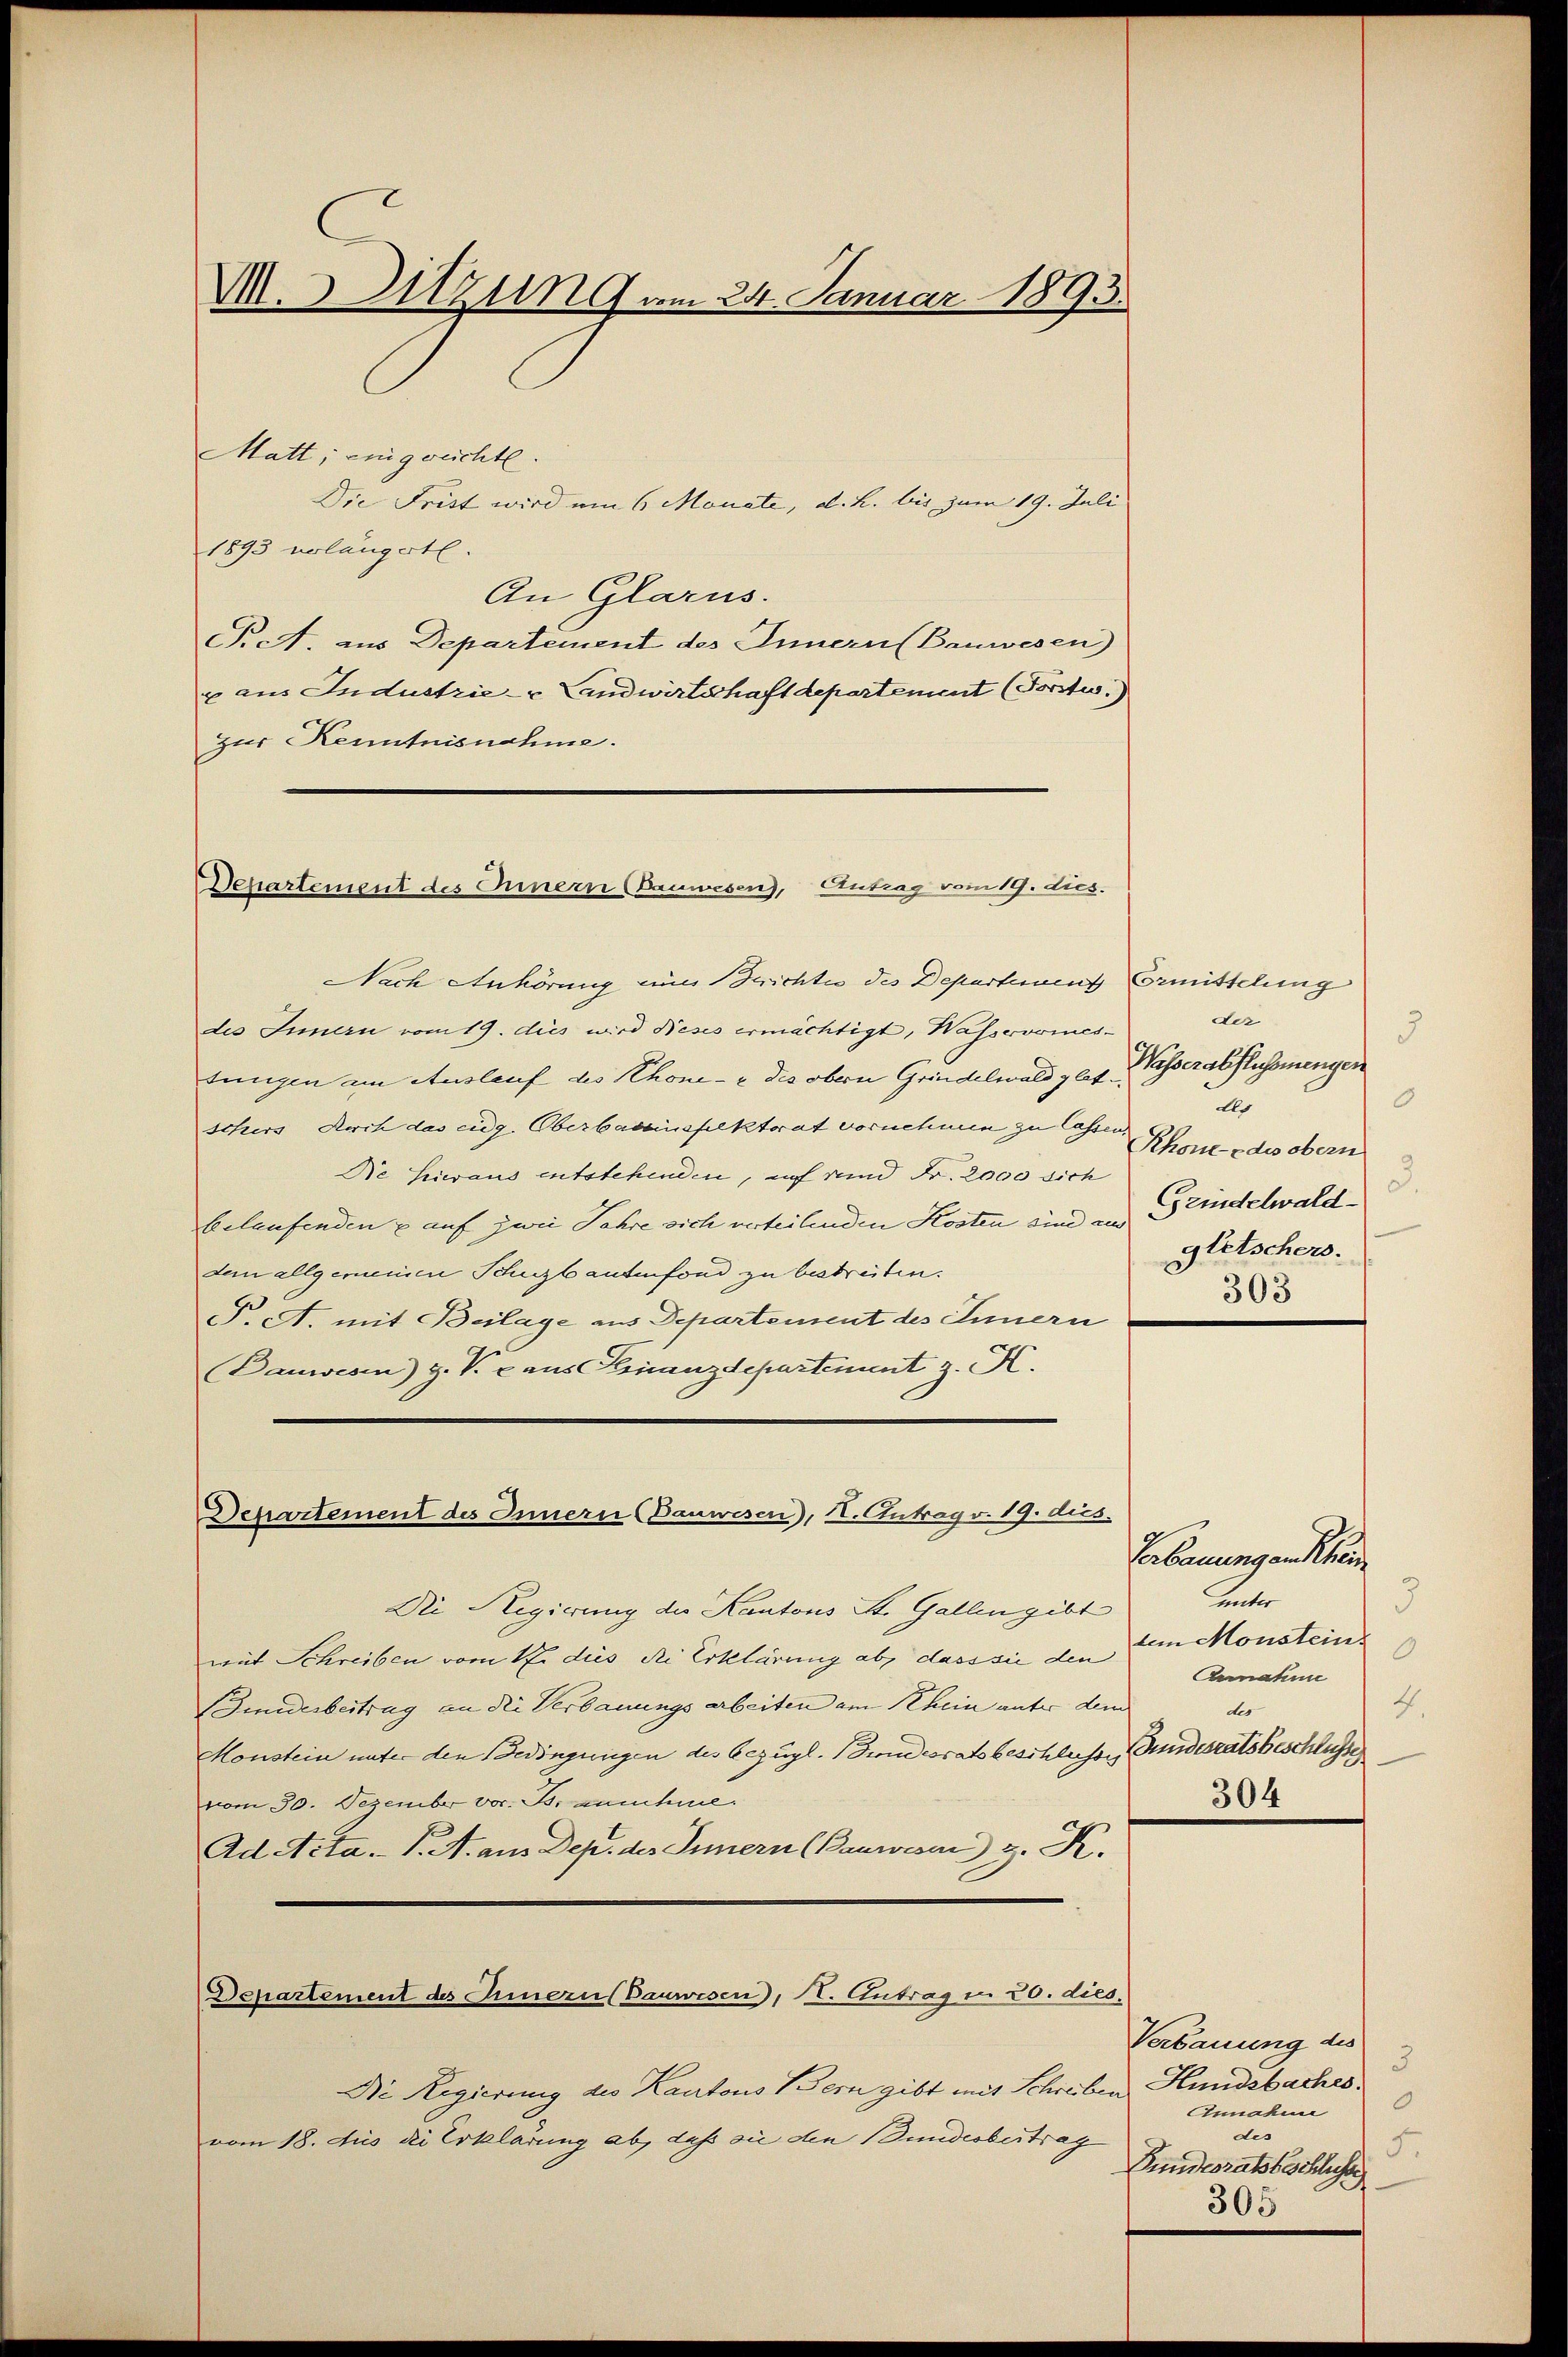
M. Sitzung am 24. Januar 1893.

Matt, einigreichte.
Die Frist wird um 6 Monate, d. h. bis zum 19. Juli
1893 verlängerte.
An Glarus.
P.A. aus Departement des Innern (Bauwesen
x aus Industrie- & Landwirtschaft departement (Forstw.)
zur Kenntnisnahme.

Departement des Innern (Bauwesen), Antrag vom 19. dies.

Nach Anhörung eines Berichte des Departient Ermittelung
des Innern vom 19. dies wird dieses ermächtigt, Wasservomes-
tungen am Auslauf des Rhone- & des obern Grindelwald glit. Wasserabflussmengen
schers durch das eidg. Oberbauinsfelktorat vornehmen zu lassen
Die hieraus entstehenden, auf und Fr. 2000 sich
belaufenden auf zwei Jahre sich verteilenden Kosten sind an Grindelwald
dem allgemeinen Schutzbautenfond zu bestreiten.
P.A. mit Beilage aus Departement des Innern
Bauwesen) Z. V. c. aus Finanzdepartement z. K.

Departement des Innern (Danwesen), II. Antrag v. 19. dies.

Departement des Innern Bauwesen, Kt. Antrag in 20. dies.

der
3
8
Als
Rhone des obern
Gletschers.
303

Die Regierung der Kantons St. Gallen gibt
mit Schreiben vom 12. dies die Erklärung ab, dass sie den im Monatein
(Finderbeitrag an die Verbauungsarbeiten am Rhein unter dem
Monstein unter den Bedingungen des bezügl. Bundesratsbeschlusse Gundesratsbeschlusse
vom 30. Dezember vor. Js. annahme.
Ad Acta. P. A. aus Dep. des Innern (Bauwesen d. K.

Die Regierung des Kantons Bern gibt mit Schreiben
vom 18. Aus die Erklärung ab, daß sie den Bundesbertrag

Erbauungen Khre
unter
3
0
Annahme
4.
des

304

Verbauung des
3
Hundsbaches.
.
Annahme
des
5.
Bundesratsbeschlusse
305